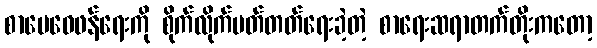
စာပေဝေဖန်ရေးကို စိုက်လိုက်မတ်တတ်ရေးခဲ့တဲ့ စာရေးဆရာတက်တိုးကတော့